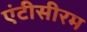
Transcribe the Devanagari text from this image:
एंटीसीरम